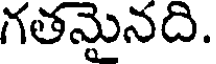
గతమైనది.